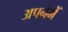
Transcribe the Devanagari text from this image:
अपनेमेँ